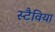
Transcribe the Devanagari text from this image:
स्टैविया